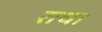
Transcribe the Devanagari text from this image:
राथा